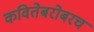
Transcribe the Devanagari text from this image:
कवितेबरोबरच